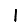
Digit: 1